Leaving Certificate, 1900
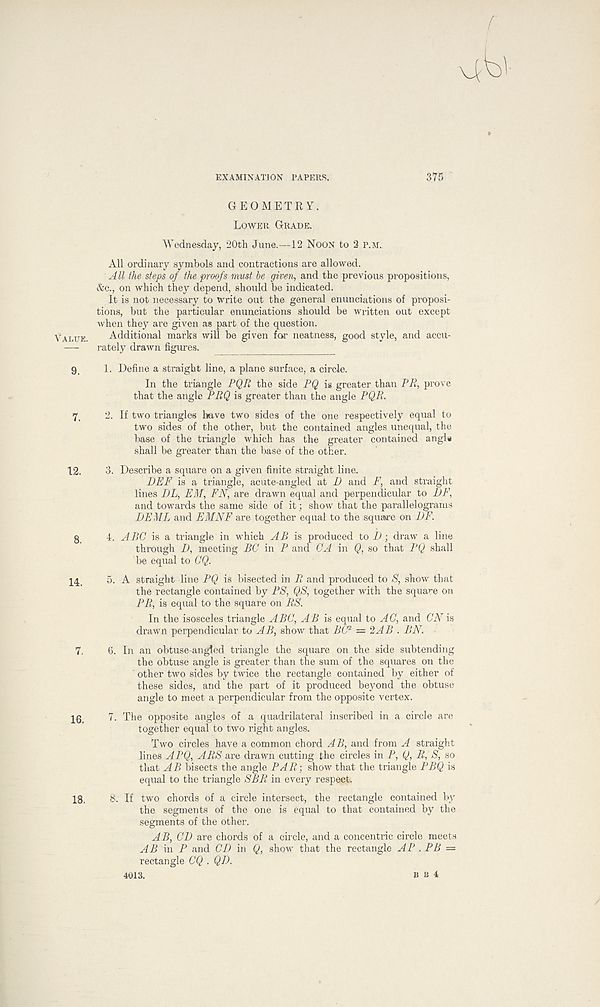
EXAMINATION PAPERS.
375
GEOMETRY.
Lower Grade.
Wednesday, 20th June.—12 Noon to 2 p.m.
All ordinary symbols and contractions are allowed.
All the steps of the proofs rmist be given, and the previous propositions,
&c., on which they depend, should be indicated.
It is not necessary to write out the general enunciations of proposi-
tions, but the particular enunciations should be written out except
when they are given as part of the question.
alue. Additional marks will be given for neatness, good style, and accu-
— rately drawn figures.
9, 1. Define a straight line, a plane surface, a circle.
In the triangle PQR the side PQ is greater than PR, prove
that the angle PRQ is greater than the angle PQR.
7, 2. If two triangles have two sides of the one respectively equal to
two sides of the other, but the contained angles unequal, the
base of the triangle which has the greater contained angle
shall be greater than the base of the other.
12. 3. Describe a square on a given finite straight line.
BRF is a triangle, acute-angled at D and F, and straight
lines DL, EM, FN, are drawn equal and perpendicular to DF,
and towards the same side of it; show that the parallelograms
BE ML and EMNF are together equal to the square on DF.
g 4. ABC is a triangle in which AB is produced to D; draw a line
through B, meeting BO in P and GA in Q, so that PQ shall
be equal to GQ.
14_ 5. A straight line PQ is bisected in R and produced to S, show that
the rectangle contained by PS, QS, together with the square on
PR, is equal to the square on RS.
In the isosceles triangle ABC, AB is equal to AG, and ON is
drawn perpendicular to AB, show that BG 2 = 2AB . BN.
7, 6. In an obtuse-angled triangle the square on the side subtending
the obtuse angle is greater than the sum of the squares on the
other two sides by twice the rectangle contained by either of
these sides, and the part of it produced beyond the obtuse
angle to meet a perpendicular from the opposite vertex.
16, 7. The opposite angles of a quadrilateral inscribed in a circle are
together equal to two right angles.
Two circles have a common chord AB, and from A straight
lines APQ, ARS are drawn cutting the circles in P, Q, R, S, so
that AB bisects the angle PAR-, show that the triangle PBQ is
equal to the triangle SBR in every respect.
18, 8. If two chords of a circle intersect, the rectangle contained by
the segments of the one is equal to that contained by the
segments of the other.
AB, CB are chords of a circle, and a concentric circle meets
AB in P and CD in Q, show that the rectangle AP . PB —
rectangle CQ . QB.
4013.
B b 4